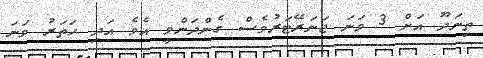
ތިނަދޫ އަށް 3 ވަނަ ޖަނަރޭޓަރުވެސް ގެންދަންވީ އެވެ އަދި ހަތަރު ވަނަ